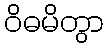
ဝိဓမိတွာ